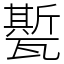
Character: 㽄